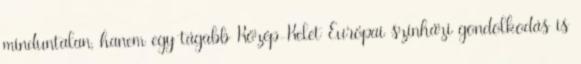
minduntalan, hanem egy tágabb Közép-Kelet Európai színházi gondolkodás is